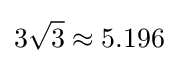
3{\sqrt {3}}\approx 5.196